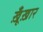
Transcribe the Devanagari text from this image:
ख़ूँख़ार